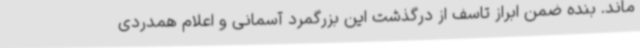
ماند. بنده ضمن ابراز تاسف از درگذشت این بزرگمرد آسمانی و اعلام همدردی